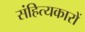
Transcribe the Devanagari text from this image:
संहित्यकारों